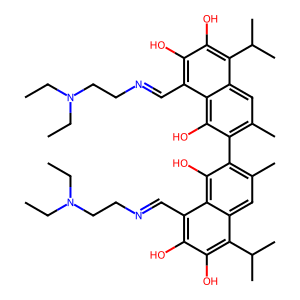
SMILES: CCN(CC)CCN=Cc1c(O)c(O)c(C(C)C)c2cc(C)c(-c3c(C)cc4c(C(C)C)c(O)c(O)c(C=NCCN(CC)CC)c4c3O)c(O)c12
Inhibits HIV replication: No